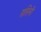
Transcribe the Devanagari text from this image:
रासिनी